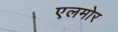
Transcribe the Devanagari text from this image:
एलमोर